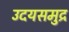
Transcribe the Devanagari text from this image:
उदयसमुद्र